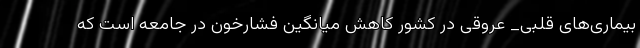
بیماری‌های قلبی_ عروقی در کشور کاهش میانگین فشارخون در جامعه است که